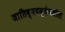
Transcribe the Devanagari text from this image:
जातिव्यवस्थेमधील